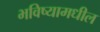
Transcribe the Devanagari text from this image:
भविष्यामधील